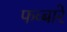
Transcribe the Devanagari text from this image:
फव्‍बारे